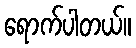
ရောက်ပါတယ်။